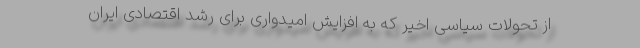
از تحولات سیاسی اخیر که به افزایش امیدواری برای رشد اقتصادی ایران